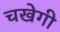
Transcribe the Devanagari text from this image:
चखेगी